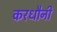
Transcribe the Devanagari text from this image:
करधौनी